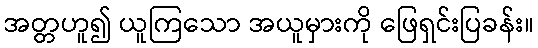
အတ္တဟူ၍ ယူကြသော အယူမှားကို ဖြေရှင်းပြခန်း။